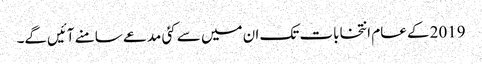
2019 کے عام انتخابات تک ان میں سے کئی مدعے سامنے آئیں‌گے۔